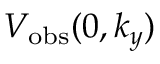
V _ { \mathrm { o b s } } ( 0 , k _ { y } )